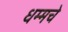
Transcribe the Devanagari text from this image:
धम्मचे